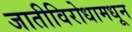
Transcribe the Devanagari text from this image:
जातीविरोधामधून